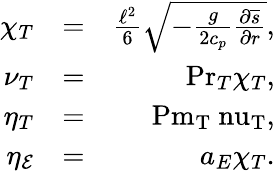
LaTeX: \begin{array}{rlr}{\chi_{T}}&{=}&{\frac{\ell^{2}}{6}\sqrt{-\frac{g}{2c_{p}}\frac{\partial\overline{{s}}}{\partial r}},}\\ {\nu_{T}}&{=}&{\mathrm{Pr}_{T}\chi_{T},}\\ {\eta_{T}}&{=}&{\mathrm{Pm_{T}\ nu_{T}},}\\ {\eta_{\mathcal{E}}}&{=}&{a_{E}\chi_{T}.}\end{array}